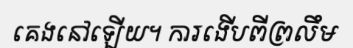
គេងនៅឡើយ។ ការងើបពីព្រលឹម